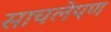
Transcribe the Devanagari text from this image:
साचलेपण